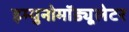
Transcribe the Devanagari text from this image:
इम्युनोमॉड्यूलेटर